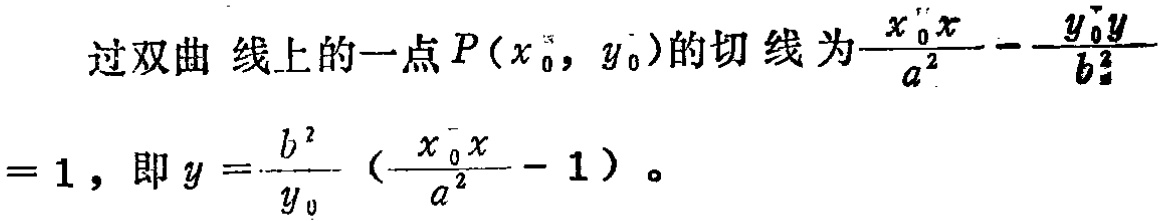
过双曲线上的一点\(P(x_{0},y_{0})\)的切线为\(\frac{x_{0}x}{a^{2}}-\frac{y_{0}y}{b^{2}} = 1\)，即\(y = \frac{b^{2}}{y_{0}}(\frac{x_{0}x}{a^{2}} - 1)\)。